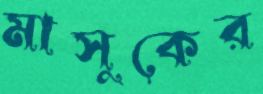
মাসুকের